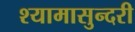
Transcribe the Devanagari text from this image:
श्यामासुन्दरी